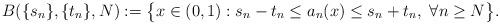
LaTeX: \begin{align*}B(\{s_n\}, \{t_n\}, N) := \big\{x\in (0,1) : s_n-t_n \leq {a_n(x)} \leq s_n+t_n, \ \forall n \geq N\big\}.\end{align*}